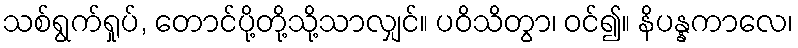
သစ်ရွက်ရှုပ်, တောင်ပို့တို့သို့သာလျှင်။ ပဝိသိတွာ၊ ဝင်၍။ နိပန္နကာလေ၊